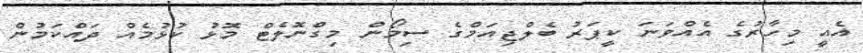
އެއީ މިހާރުގެ އެއްވަނަ ކީޕަރު ބެލްޖިއަމްގެ ސިމޯން މިގްނޮލެޓް މޮޅު ކުޅުމެއް ދައްކަމުން